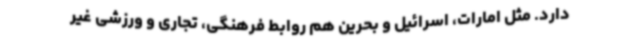
دارد. مثل امارات، اسرائیل و بحرین هم روابط فرهنگی، تجاری و ورزشی غیر